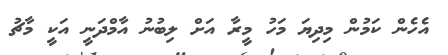
އެހެން ކަމުން މިިދިޔަ މަހު މީރާ އަށް ލިބުނު އާމްދަނީ އަކީ މާޗު